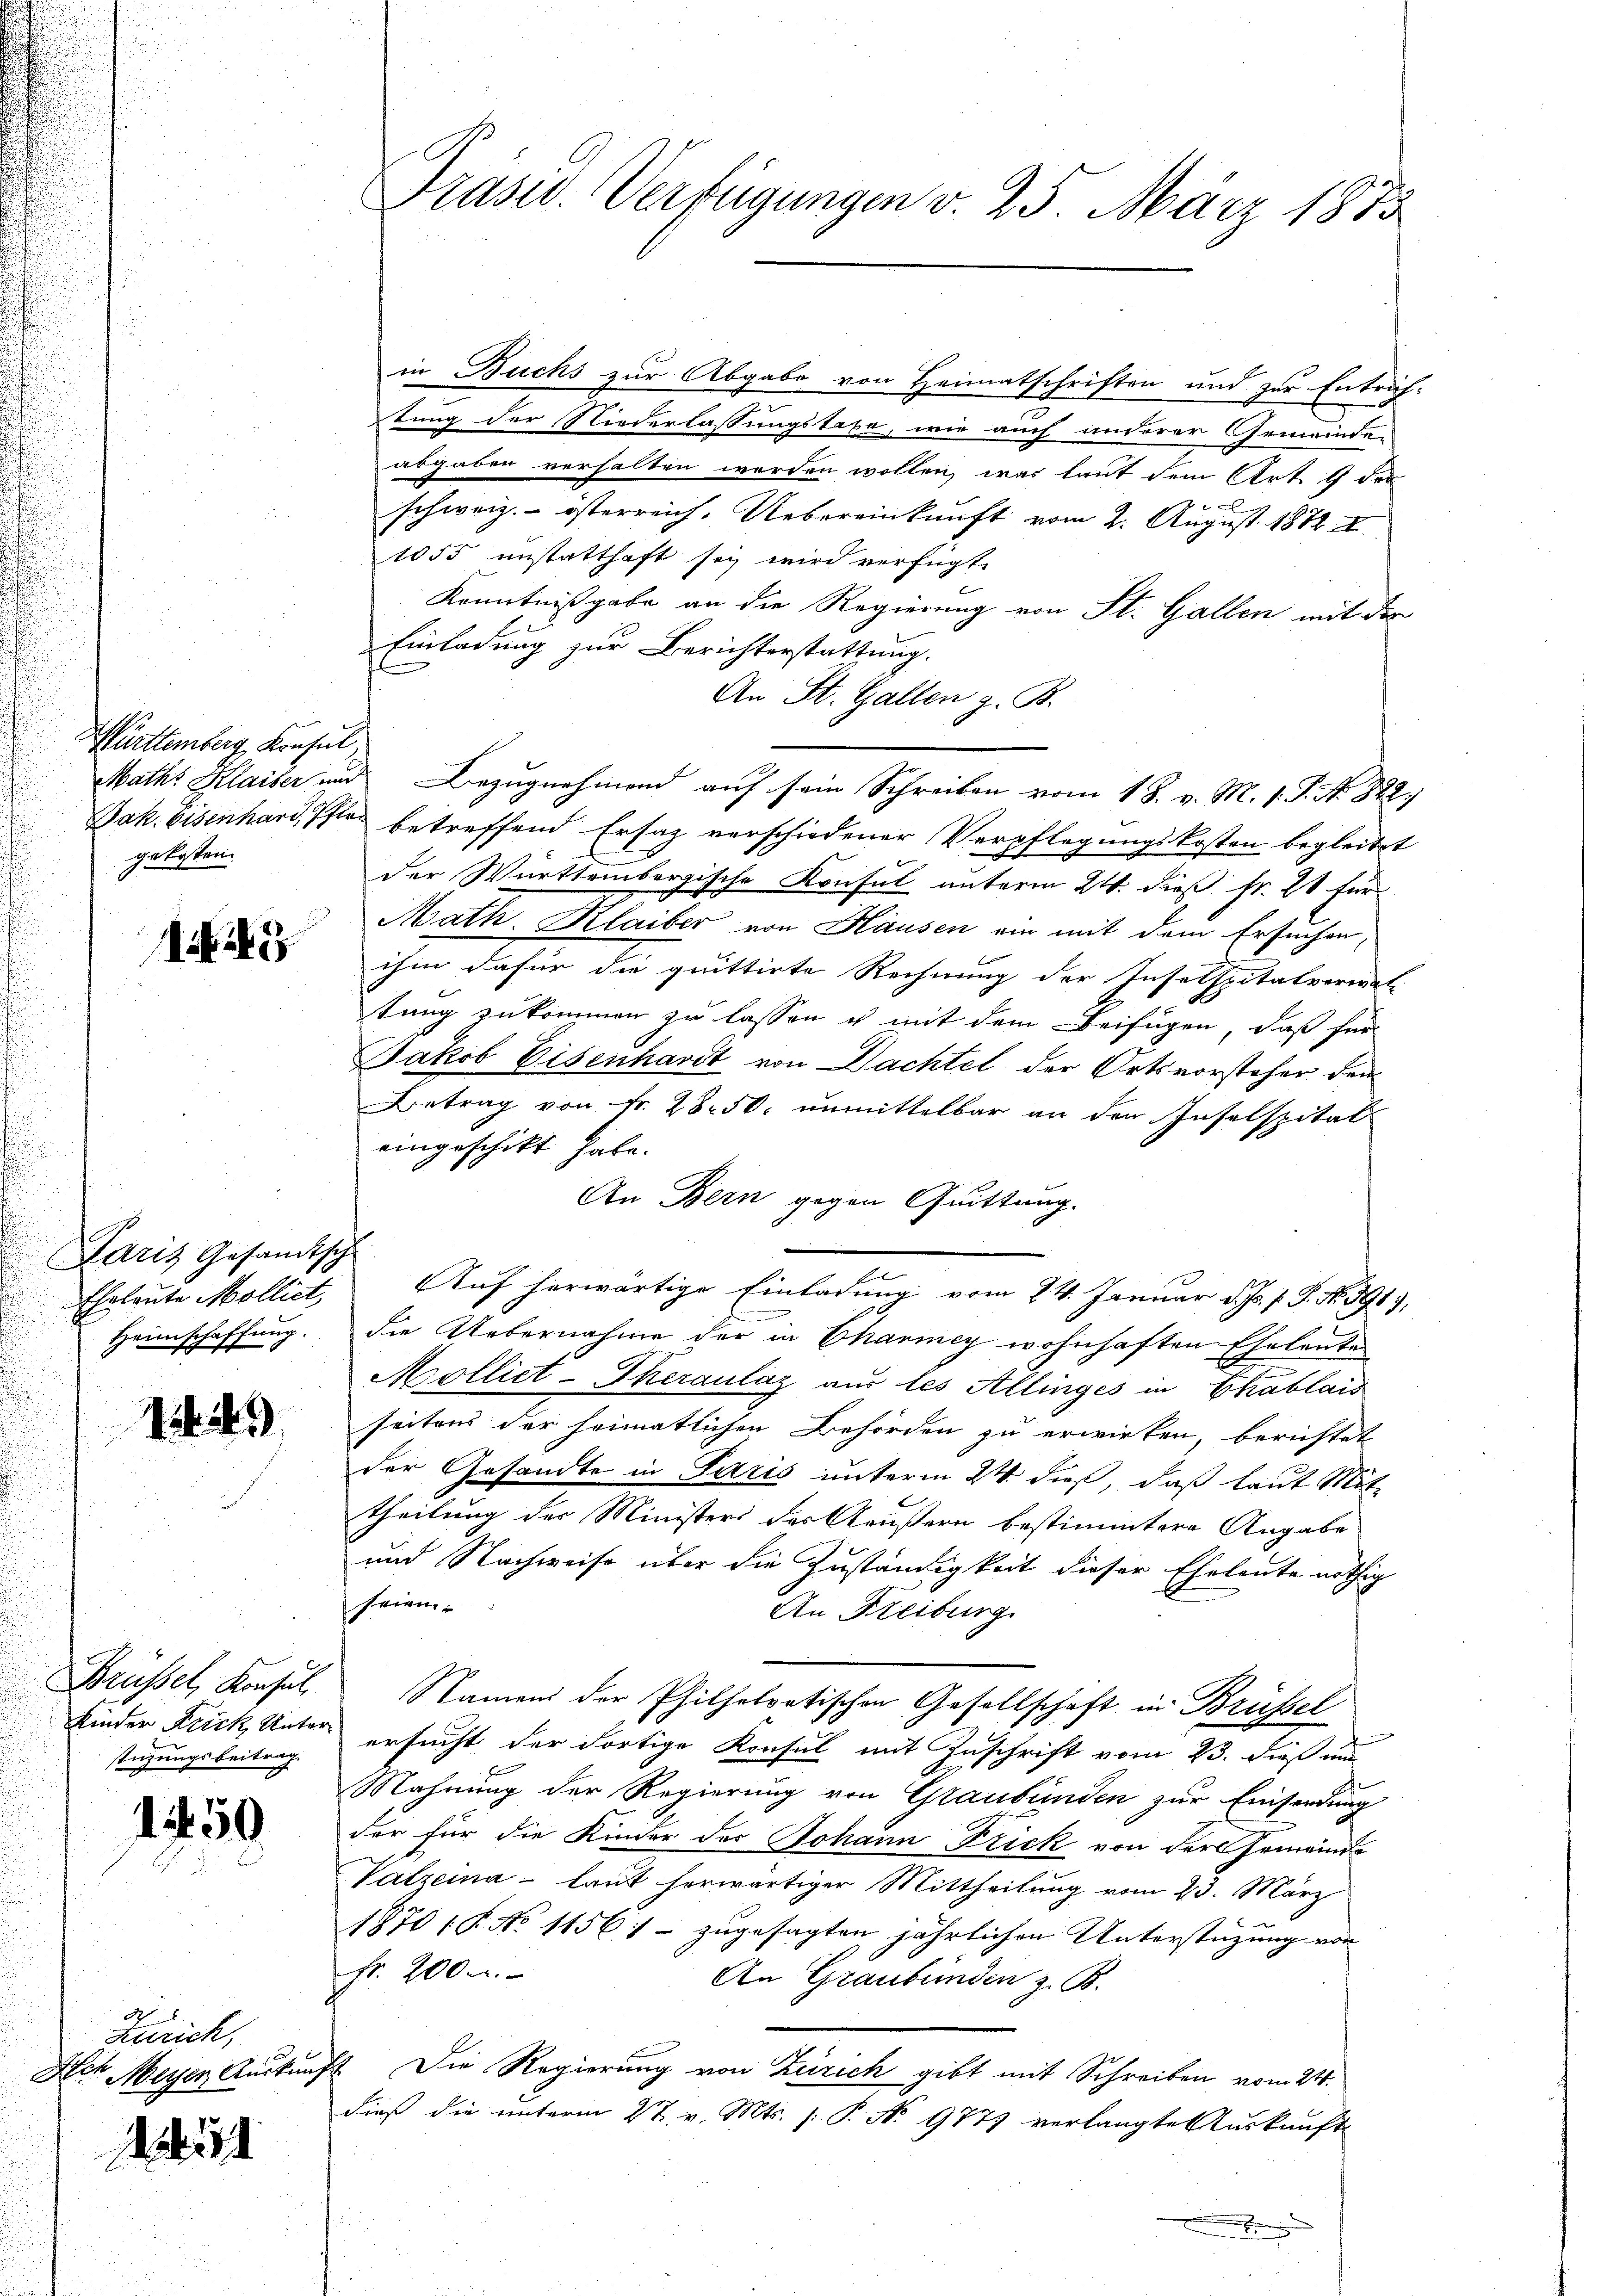
Württemberg, Konsul
gekosten.

i

Paris Gesandtische
Ehrleute Mollict,
Heimschaffung.

15 16)

Brüssel, Konsul
Kinder Frick, Unterstüzungsbeitrag.

1450

Zürich,
Aen Meyer Auskung

151

in Buchs zur Abgabe von Heimatschriften und zur Entrich-
tung der Niederlassungstaxe, wie auch anderer Gemeinden
abgaben verhalten worden wollen, was laut dem Art. 9 der
schweiz.- österreich. Uebereinkunft vom 2. August 1872 I
1055 unstatthaft sey wird verfügt:
Kenntnißgabe an die Regierung von St. Gallen mit der
Einladung zur Berichterstattung.
An St. Gallen z. B.
Mathe Klaiser und Bezugnehmend auf sein Schreiben vom 18. v. M. 1. P. N. 822.
Jak. Eisenhard, ist betreffend Ersatz verschiedener Verpflegungskosten begleitet
der Württembergische Konsul unterm 24. dieß fr. 28 für
.
Math. Klaiber von Hausen ein mit dem Ersuchen,
ihm dafür die quittirte Rechnung der Inselspitalverwal-
tung zukommen zu lassen u mit dem Beifügen, daß für
Jakob Eisenhardt von Dachtet der Ortsvorsteher den
Betrag von Fr. 28. 50. unmittelbar an den Inselspital
eingeschikt habe.
An Bern gegen Quittung.
Auf herwärtige Einladung vom 24. Januar d. Js. f. P. Nr. 391),
die Uebernahme der in Charmey wohnhaften Eheleute
Molliet - Theraulaz aus les Allinges in Chablais
seitens der heimatlichen Behörden zu erwirken, berichtet
der Gesandte in Paris unterm 24 dieß, daß laut Mit-
theilung der Ministers des Aeußern bestimmtere Angabe
und Nachweise über die Zuständigkeit dieser Eheleute nöthig
seien.
An Freiburg
Namen der Philhelvetischen Gesellschaft in Brüssel
ersucht der dortige Konsul mit Zuschrift vom 23. dieß um
Mahnung der Regierung von Graubünden zur Einsendung
der für die Kinder der Johann Frick von der Gemeinde
Valzeina - laut herwärtiger Mittheilung vom 23. März
1870 18. No 1156 - zugesagten jährlichen Unterstützung von
fr. 2000.
An Graubünden z. B.
1. Die Regierung von Zürich gibt mit Schreiben vom 24.
dieß die unterm 27. v. Mts. (: P. No 9777 verlangte Auskunft

Präsid. Verfügungen v. 25 März 1873